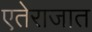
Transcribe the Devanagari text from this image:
एतेराजात